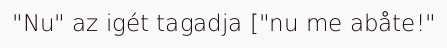
"Nu" az igét tagadja ["nu me abåte!"